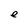
Character: e